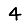
Digit: 4